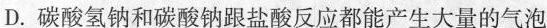
D.碳酸氢钠和碳酸钠跟盐酸反应都能产生大量的气泡